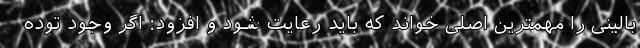
بالینی را مهمترین اصلی خواند که باید رعایت شود و افزود: اگر وجود توده